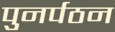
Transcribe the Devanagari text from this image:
पुनर्पठन